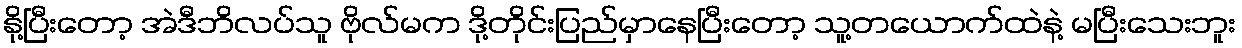
နို့ပြီးတော့ အဲဒီဘိလပ်သူ ဗိုလ်မက ဒို့တိုင်းပြည်မှာနေပြီးတော့ သူ့တယောက်ထဲနဲ့ မပြီးသေးဘူး